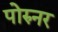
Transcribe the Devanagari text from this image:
पोरुनर